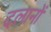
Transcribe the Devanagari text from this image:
दलानों